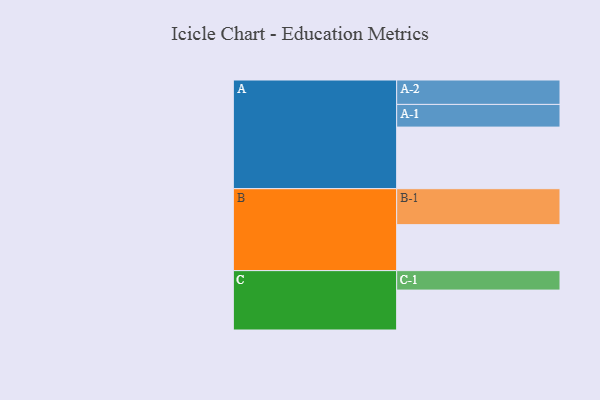
{"axis": {"x": "Segment", "y": "Value"}, "legend": ["", "A", "B", "C"], "data": [{"x": "A", "y": 497, "type": ""}, {"x": "B", "y": 371, "type": ""}, {"x": "C", "y": 322, "type": ""}, {"x": "A-1", "y": 183, "type": "A"}, {"x": "A-2", "y": 197, "type": "A"}, {"x": "B-1", "y": 290, "type": "B"}, {"x": "C-1", "y": 157, "type": "C"}]}